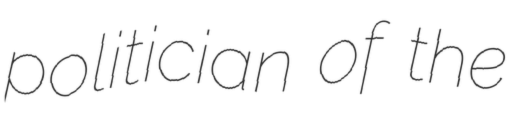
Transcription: politician of the